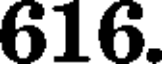
616.